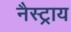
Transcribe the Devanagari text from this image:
नैस्ट्राय